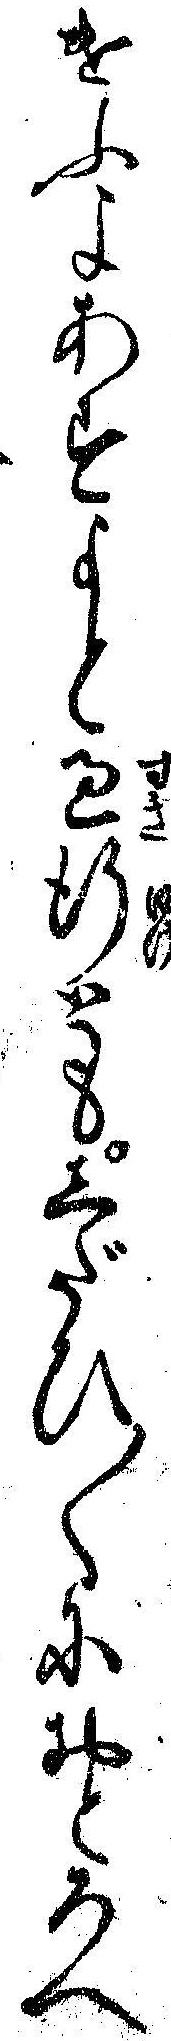
けふよあすよと過行ともしだひ〱におとろへ